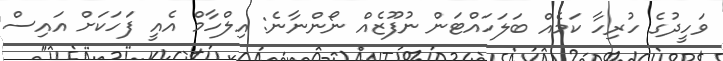
ވަހީދުގެ ހުރިހާ ކަމެއް ބަލަހައްޓަން ނުފޫޒެއް ނޯންނާނެ: އިލްހާމް އެއީ ފަހަކަށް އައިސް